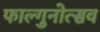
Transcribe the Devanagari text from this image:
फाल्गुनोत्सव